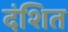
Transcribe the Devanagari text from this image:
दंशित